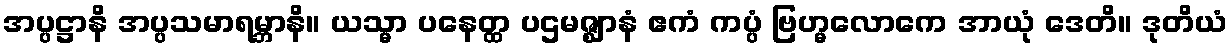
အပ္ပဋ္ဌာနိ အပ္ပသမာရမ္ဘာနိ။ ယသ္မာ ပနေတ္ထ ပဌမဇ္ဈာနံ ဧကံ ကပ္ပံ ဗြဟ္မလောကေ အာယုံ ဒေတိ။ ဒုတိယံ